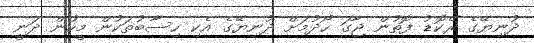
ދުނިޔޭގެ ރެކޮޑު ފޮތުން ޖާގަ ހޯދުމަށް ދުނިޔޭގެ އެކި ހިސާބުތަކުން މީހުން ދަނީ